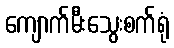
ကျောက်မီးသွေးစက်ရုံ